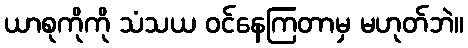
ယာစုကိုကို သံသယ ဝင်နေကြတာမှ မဟုတ်ဘဲ။